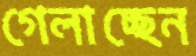
গেলাচ্ছেন